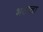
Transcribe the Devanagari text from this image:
भटाचा